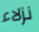
نزلاء